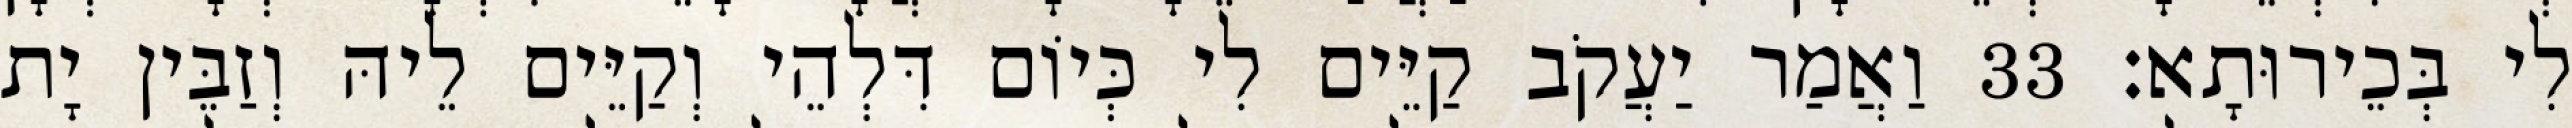
לִי בְּכֵירוּתָא׃ 33 וַאֲמַר יַעֲקֹב קַיֵּים לִי כְּיוֹם דִּלְהֵי וְקַיֵּים לֵיהּ וְזַבֵּין יָת